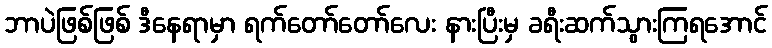
ဘာပဲဖြစ်ဖြစ် ဒီနေရာမှာ ရက်တော်တော်လေး နားပြီးမှ ခရီးဆက်သွားကြရအောင်